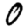
Digit: 0